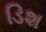
ડિશ